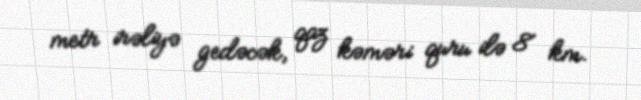
metr irəliyə gedəcək, qaz kəməri quru ilə 8 km.